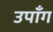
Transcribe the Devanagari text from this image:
उपाँग